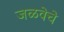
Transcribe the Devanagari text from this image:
जळवेचे